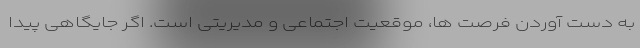
به دست آوردن فرصت ها، موقعیت اجتماعی و مدیریتی است. اگر جایگاهی پیدا